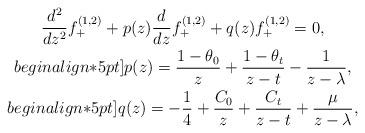
LaTeX: \begin{align*}\begin{gathered}\frac{d^2}{dz^2}f^{(1,2)}_++p(z)\frac{d}{dz}f^{(1,2)}_++q(z)f^{(1,2)}_+=0, \\begin{align*}5pt]p(z)=\frac{1-\theta_0}{z}+\frac{1-\theta_t}{z-t}-\frac{1}{z-\lambda},\\begin{align*}5pt]q(z)=-\frac{1}{4}+\frac{C_0}{z}+\frac{C_t}{z-t}+\frac{\mu}{z-\lambda},\end{gathered}\end{align*}